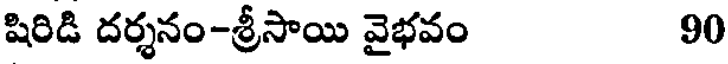
షిరిడి దర్శనం-శ్రీసాయి వైభవం 90